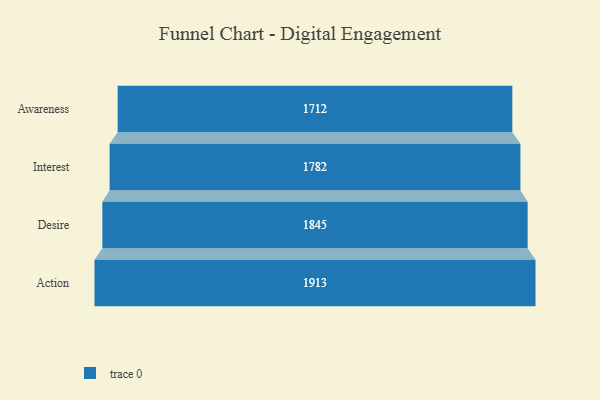
{"axis": {"x": "Stage", "y": "Value"}, "legend": [""], "data": [{"x": "Awareness", "y": 1712.0, "type": ""}, {"x": "Interest", "y": 1782.0, "type": ""}, {"x": "Desire", "y": 1845.0, "type": ""}, {"x": "Action", "y": 1913.0, "type": ""}]}